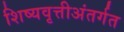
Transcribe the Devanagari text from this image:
शिष्यवृत्तीअंतर्गत